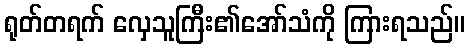
ရုတ်တရက် လှေသူကြီး၏အော်သံကို ကြားရသည်။